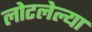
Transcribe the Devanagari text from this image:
लोटलेल्या